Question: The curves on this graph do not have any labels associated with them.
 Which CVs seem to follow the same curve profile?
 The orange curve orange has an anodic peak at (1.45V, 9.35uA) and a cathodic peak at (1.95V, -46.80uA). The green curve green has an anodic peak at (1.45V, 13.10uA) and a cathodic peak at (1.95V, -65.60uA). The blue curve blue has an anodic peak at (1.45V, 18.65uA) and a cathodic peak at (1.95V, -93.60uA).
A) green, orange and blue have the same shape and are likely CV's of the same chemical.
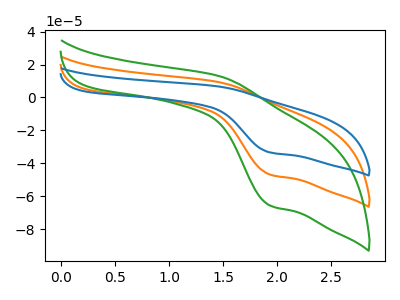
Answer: <think>All the peaks in "orange" have a peak in "green" at the same potential. Every peak in "orange" is lower than every peak in "green". All the peaks in "orange" have a peak in "blue" at the same potential. Every peak in "orange" is lower than every peak in "blue". All the peaks in "green" have a peak in "blue" at the same potential. Every peak in "green" is lower than every peak in "blue".
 </think>
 <answer>A) "green", "orange" and "blue" have the same shape and are likely CV's of the same chemical.</answer>
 <eval>A</eval>